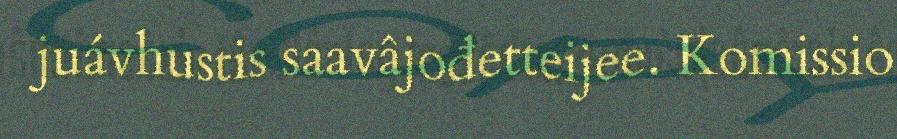
juávhustis saavâjođetteijee. Komissio